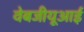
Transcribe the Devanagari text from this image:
वेबजीयूआई